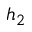
h _ { 2 }